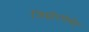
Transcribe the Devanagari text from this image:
जिम्नोस्पेर्मए